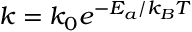
k = k _ { 0 } e ^ { { - E _ { a } } / { k _ { B } T } }